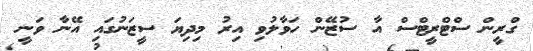
ގްރީން ސްޓްރީޓްސް އާ ސުޒޭން ހަވާލުވި އިރު މިދިޔަ ސީޒަނުގައި އޭނާ ވަނީ